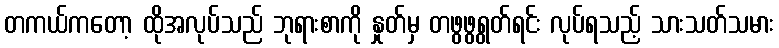
တကယ်ကတော့ ထိုအလုပ်သည် ဘုရားစာကို နှုတ်မှ တဖွဖွရွတ်ရင်း လုပ်ရသည့် သားသတ်သမား